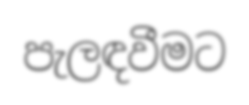
පැලඳවීමට